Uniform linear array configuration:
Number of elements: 16
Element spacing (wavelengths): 0.75
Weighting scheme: hamming
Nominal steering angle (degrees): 30
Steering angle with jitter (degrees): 29.37
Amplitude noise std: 0.05
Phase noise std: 0.05

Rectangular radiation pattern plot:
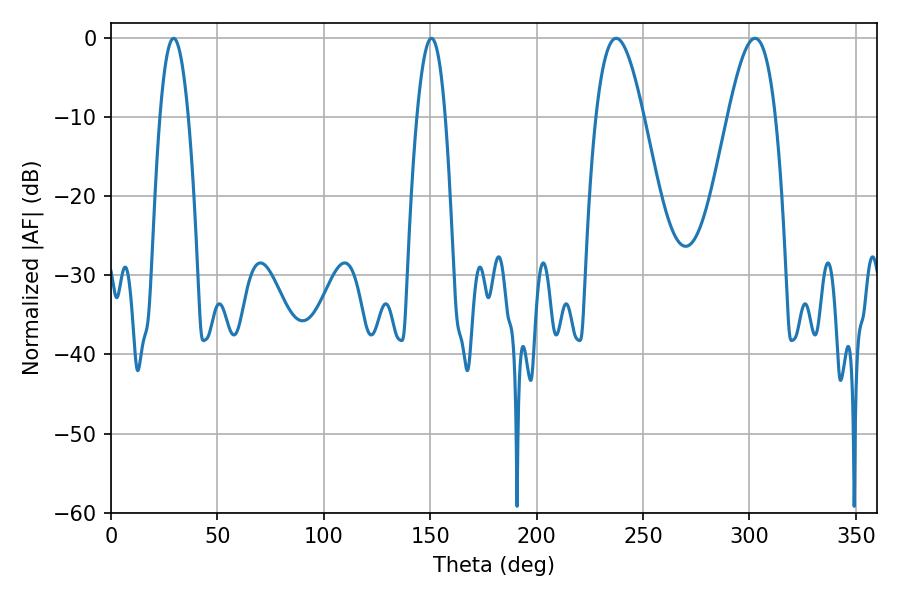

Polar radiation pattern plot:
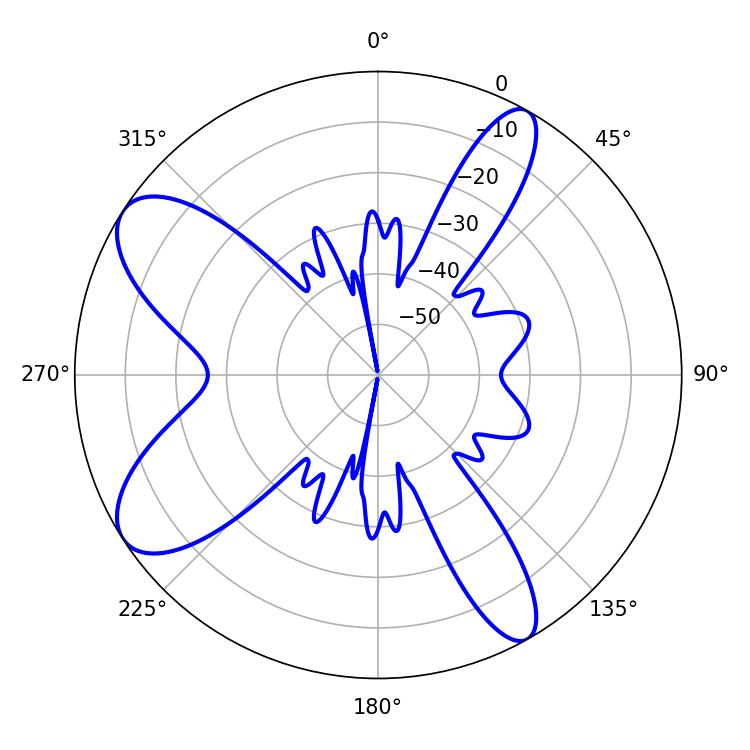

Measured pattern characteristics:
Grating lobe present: TRUE
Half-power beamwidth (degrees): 12.06
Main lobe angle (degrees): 237.42